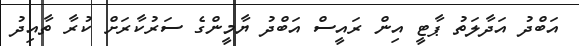
އަބްދު އަދާލަތު ޕާޓީ އިން ރައީސް އަބްދު ޔާމީންގެ ސަރުކާރަށް ކުރާ ތާއިދު